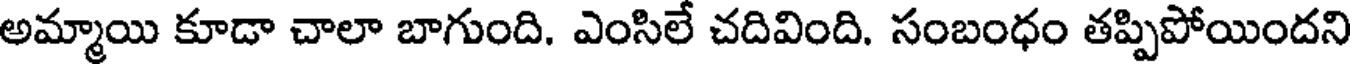
అమ్మాయి కూడా చాలా బాగుంది. ఎంసిలే చదివింది. సంబంధం తప్పిపోయిందని